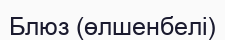
Блюз (өлшенбелі)